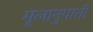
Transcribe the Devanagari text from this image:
मूलानुपाती